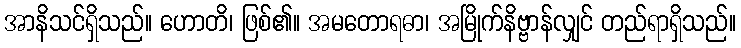
အာနိသင်ရှိသည်။ ဟောတိ၊ ဖြစ်၏။ အမတောရဓာ၊ အမြိုက်နိဗ္ဗာန်လျှင် တည်ရာရှိသည်။